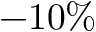
- 1 0 \%